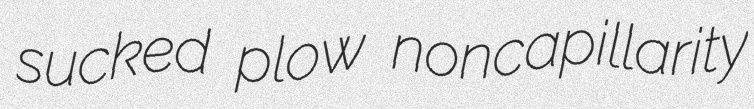
sucked plow noncapillarity